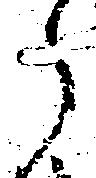
ら